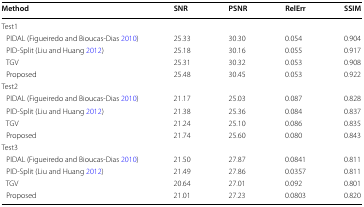
<table><thead><tr><td><b>Method</b></td><td><b>SNR</b></td><td><b>PSNR</b></td><td><b>RelErr</b></td><td><b>SSIM</b></td></tr></thead><tbody><tr><td colspan="5">Test1</td></tr><tr><td> PIDAL (Figueiredo and Bioucas-Dias 2010)</td><td>25.33</td><td>30.30</td><td>0.054</td><td>0.904</td></tr><tr><td> PID-Split (Liu and Huang 2012)</td><td>25.18</td><td>30.16</td><td>0.055</td><td>0.917</td></tr><tr><td> TGV</td><td>25.31</td><td>30.32</td><td>0.053</td><td>0.908</td></tr><tr><td> Proposed</td><td>25.48</td><td>30.45</td><td>0.053</td><td>0.922</td></tr><tr><td colspan="5">Test2</td></tr><tr><td> PIDAL (Figueiredo and Bioucas-Dias 2010)</td><td>21.17</td><td>25.03</td><td>0.087</td><td>0.828</td></tr><tr><td> PID-Split (Liu and Huang 2012)</td><td>21.38</td><td>25.36</td><td>0.084</td><td>0.837</td></tr><tr><td> TGV</td><td>21.24</td><td>25.10</td><td>0.086</td><td>0.835</td></tr><tr><td> Proposed</td><td>21.74</td><td>25.60</td><td>0.080</td><td>0.843</td></tr><tr><td colspan="5">Test3</td></tr><tr><td> PIDAL (Figueiredo and Bioucas-Dias 2010)</td><td>21.50</td><td>27.87</td><td>0.0841</td><td>0.811</td></tr><tr><td> PID-Split (Liu and Huang 2012)</td><td>21.49</td><td>27.86</td><td>0.0357</td><td>0.811</td></tr><tr><td> TGV</td><td>20.64</td><td>27.01</td><td>0.092</td><td>0.801</td></tr><tr><td> Proposed</td><td>21.01</td><td>27.23</td><td>0.0803</td><td>0.820</td></tr></tbody></table>